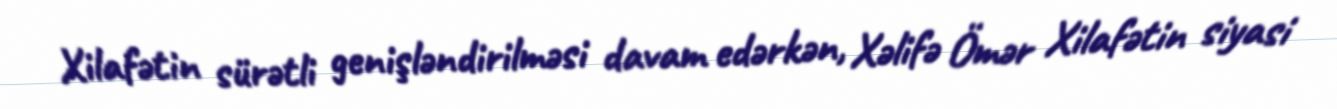
Xilafətin sürətli genişləndirilməsi davam edərkən, Xəlifə Ömər Xilafətin siyasi